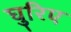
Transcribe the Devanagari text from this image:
घुरिए